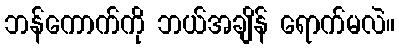
ဘန်ကောက်ကို ဘယ်အချိန် ရောက်မလဲ။